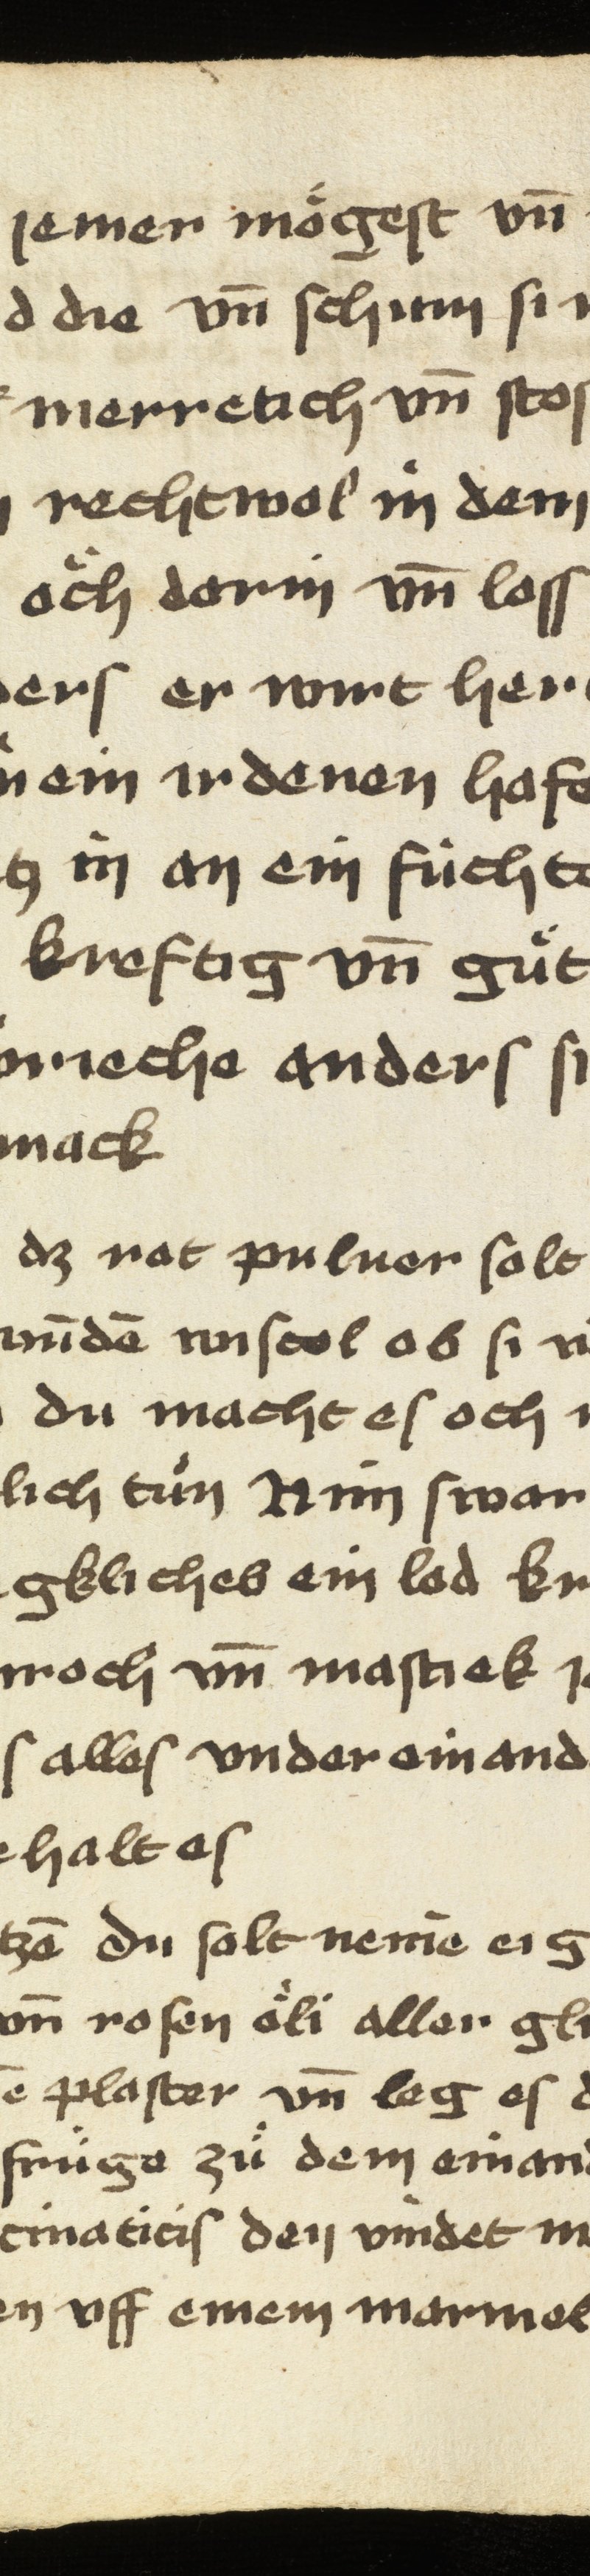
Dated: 1475–1499